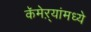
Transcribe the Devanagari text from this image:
कॅमेऱ्यांमध्ये